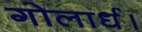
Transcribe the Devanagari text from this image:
गोलार्ध।